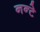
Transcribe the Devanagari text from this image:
नन्टे